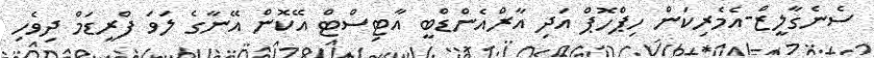
ސެނެގާލީޒް-އެމެރިކަން ހިޕްހޮޕް އަދި އާރްއެންޑްބީ އާޓިސްޓް އޭކޮން އޭނާގެ ލަވަ ފްރީޑަމް ދިވެހި